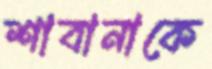
শাবানাকে